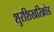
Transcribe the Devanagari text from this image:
शुरशिखरिक्रोड